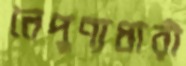
নৈপুণ্যধারী